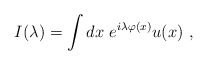
\begin{align*}I(\lambda)=\int dx\,\,e^{i \lambda \varphi(x)}u(x)\,\,,\end{align*}